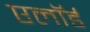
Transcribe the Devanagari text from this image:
एलॉर्ड